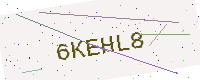
Text: 6KEHL8